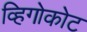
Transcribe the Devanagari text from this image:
व्हिगोकोट